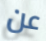
عن